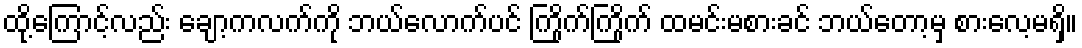
ထို့ကြောင့်လည်း ချော့ကလက်ကို ဘယ်လောက်ပင် ကြိုက်ကြိုက် ထမင်းမစားခင် ဘယ်တော့မှ စားလေ့မရှိ။